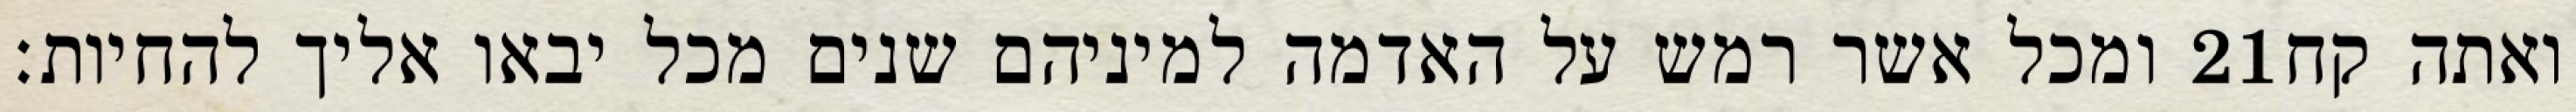
ומכל אשר רמש על האדמה למיניהם שנים מכל יבאו אליך להחיות׃ ‎21‏ ואתה קח